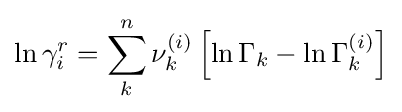
\ln \gamma _{i}^{r}=\displaystyle \sum _{k}^{n}\nu _{k}^{(i)}\left[\ln \Gamma _{k}-\ln \Gamma _{k}^{(i)}\right]